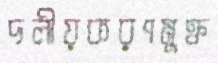
দলীয়করণমুক্ত